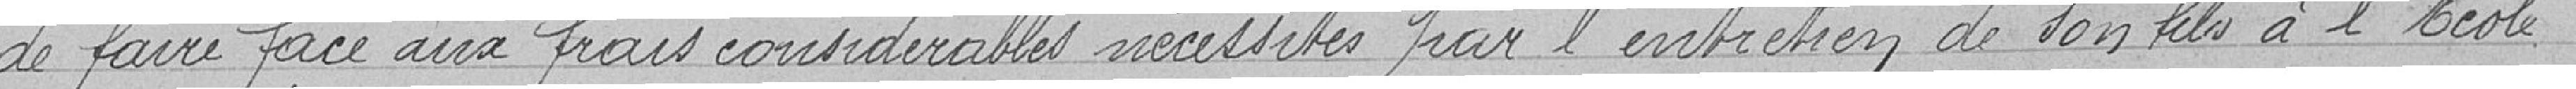
de faire face aux frais considérables nécessités par l'entretien de son fils à l'Ecole